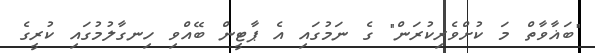
"ބަޣާވާތް މަ ކުށްވެރިކުރަން" ގެ ނަމުގައި އެ ޕާޓީން ބޭއްވި ހިނގާލުމުގައި ކުރީގެ